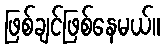
ဖြစ်ချင်ဖြစ်နေမယ်။